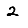
Digit: 2